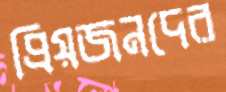
প্রিয়জনদের